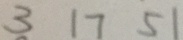
3 1 7 5 1